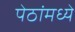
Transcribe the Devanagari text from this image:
पेठांमध्ये